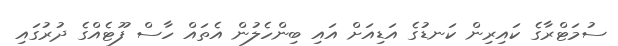
ސުމަޓްރާގެ ކައިރިން ކަނޑުގެ އަޑިއަށް އައި ބިންހެލުން އެތައް ހާސް ފޫޓެއްގެ ދުރުގައި